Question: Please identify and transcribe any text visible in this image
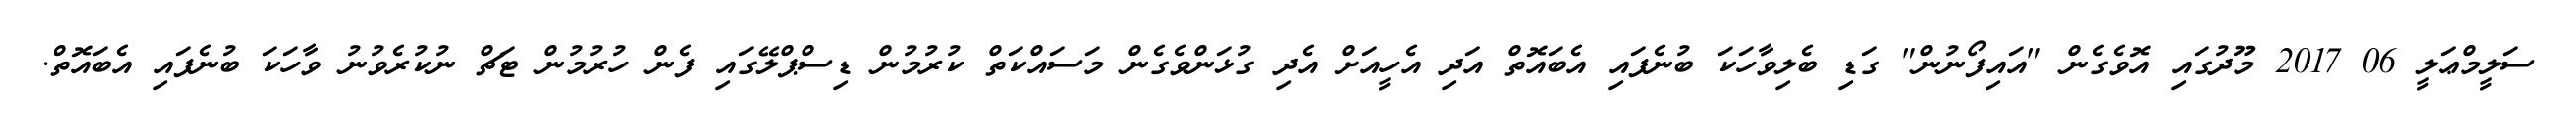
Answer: ސަލީމްޢަލީ 06 2017 މޫދުގައި އޮވެގެން "އައިފޯނުން" ގަޑި ބެލިވާހަކަ ބުނެފައި އެބައޮތް އަދި އެހީއަށް އެދި ގުޅަންވެގެން މަސައްކަތް ކުރުމުން ޑިސްޕްލޭގައި ފެން ހުރުމުން ޓަޗް ނުކުރެވުނު ވާހަކަ ބުނެފައި އެބައޮތް.